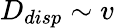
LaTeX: D_{disp}\sim v